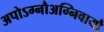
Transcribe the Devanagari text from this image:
अपोऽग्नौअग्निवायौ